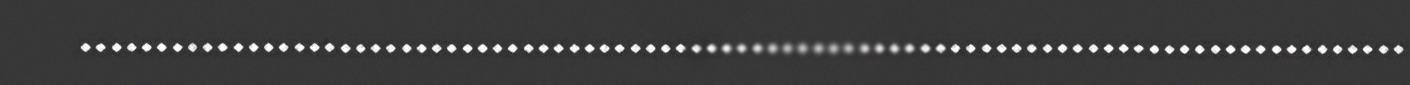
.......................................................................................